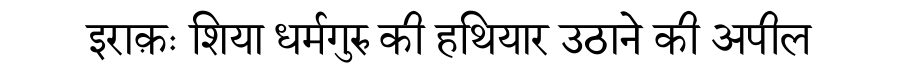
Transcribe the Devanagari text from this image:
इराक़ः शिया धर्मगुरु की हथियार उठाने की अपील